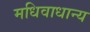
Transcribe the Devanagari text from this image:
मधिवाधान्य